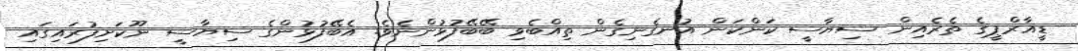
ޑީއާރްޕީގެ ތެރެއިން ސިޔާސީ ކަންކަން އުނގެނިގެން ތިއްބެވި ބޭބޭފުޅުންނެވެ. އެބޭފުޅުންގެ ސިޔާސީ ނޫކަށިފުރައިގައި